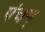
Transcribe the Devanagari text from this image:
पंचम्‌